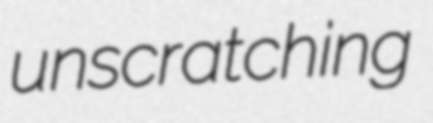
unscratching